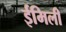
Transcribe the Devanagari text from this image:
ईमिली